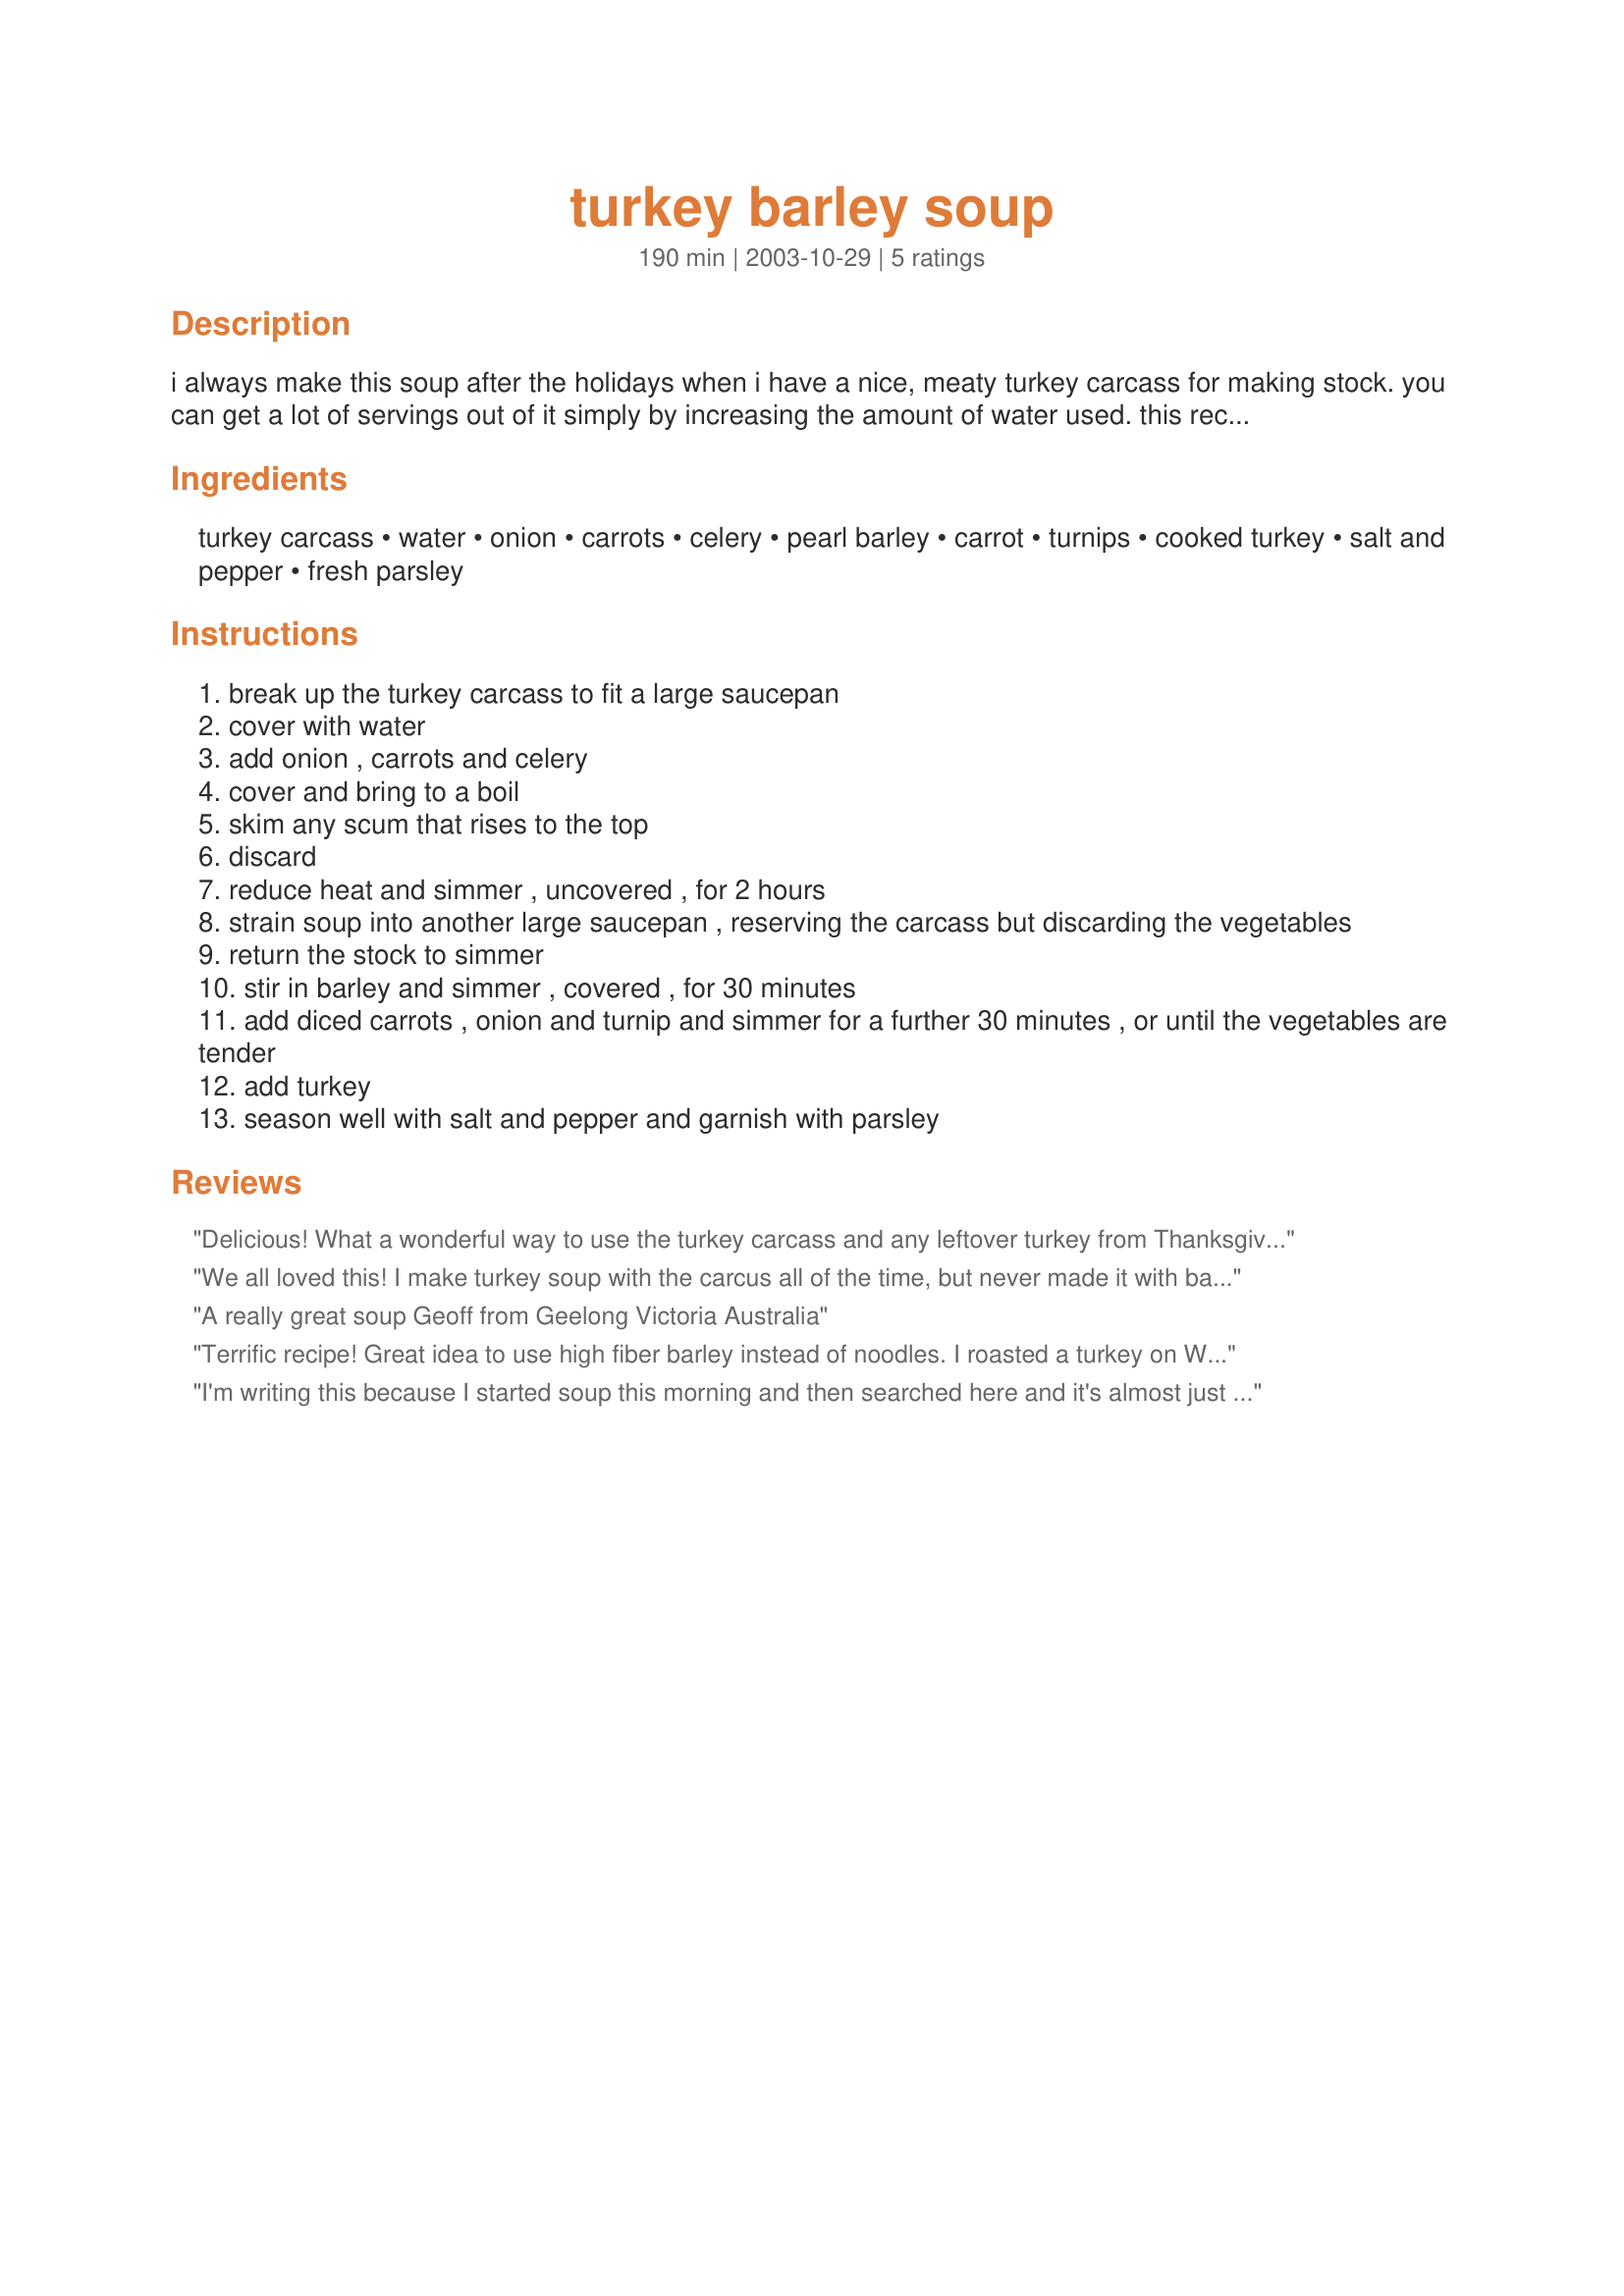
turkey barley soup
Preparation time: 190 minutes

i always make this soup after the holidays when i have a nice, meaty turkey carcass for making stock. you can get a lot of servings out of it simply by increasing the amount of water used. this recipe was developed in the tests kitchens of homemakers magazine.

Ingredients:
turkey carcass, water, onion, carrots, celery, pearl barley, carrot, turnips, cooked turkey, salt and pepper, fresh parsley

Steps:
break up the turkey carcass to fit a large saucepan
cover with water
add onion , carrots and celery
cover and bring to a boil
skim any scum that rises to the top
discard
reduce heat and simmer , uncovered , for 2 hours
strain soup into another large saucepan , reserving the carcass but discarding the vegetables
return the stock to simmer
stir in barley and simmer , covered , for 30 minutes
add diced carrots , onion and turnip and simmer for a further 30 minutes , or until the vegetables are tender
add turkey
season well with salt and pepper and garnish with parsley

Reviews:
Delicious! What a wonderful way to use the turkey carcass and any leftover turkey from Thanksgiving. My family enjoyed this soup immensely. The only difference was that I omitted the turnips because I was too lazy to run to the store. My house smelled wonderful while it was simmering and the soup really hit the spot after putting up the outdoor Christmas lights in the cold. I will certainly make this recipe again. Thank you for sharing this satisfying soup recipe!
We all loved this! I make turkey soup with the carcus all of the time, but never made it with barley. The barley is perfect in this soup!
A really great soup


Geoff from Geelong Victoria Australia
Terrific recipe! Great idea to use high fiber barley instead of noodles. I roasted a turkey on Wednesday and made broth out of the carcass. I used that and some leftover turkey and my trusty crock pot. I began the broth and veggies at noon on high and added the barley and turkey 30 minutes before it was time to eat. Great recipe! Pam
I'm writing this because I started soup this morning and then searched here and it's almost just what I just made. Only difference is I added a can of organic northern beans and a can of organic corn and a big spring of fresh thyme. Also, I only had a turkey leg with a bit of meat on it, not a carcass; but it still worked wonderfully to just boil the leg for a couple hours and then add all the ingredients. I also roasted the veggies before adding them.
